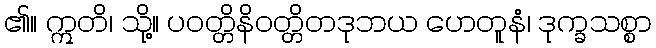
၏။ ဣတိ၊ သို့။ ပဝတ္တိနိဝတ္တိတဒုဘယ ဟေတူနံ၊ ဒုက္ခသစ္စာ